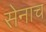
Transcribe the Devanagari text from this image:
सेनाच